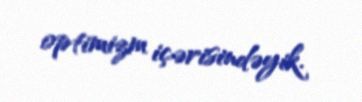
optimizm içərisindəyik.